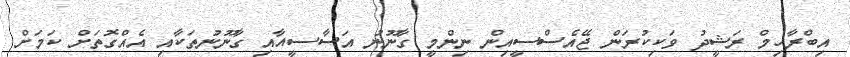
އިބްރާހިމް ރަޝީދު ވަކިކުރަން ޖޭއެސްސީއިން ނިންމީ ގާނޫނު އަސާސީއާއި ގާނޫނުތަކާއި އެއްގޮތަށް ކަމަށް